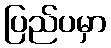
ပြည်ပမှာ